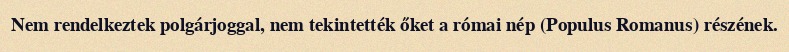
Nem rendelkeztek polgárjoggal, nem tekintették őket a római nép (Populus Romanus) részének.